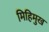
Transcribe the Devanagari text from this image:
मिहिमुख